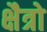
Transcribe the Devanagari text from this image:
क्षैत्रो